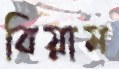
বিয়াম